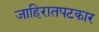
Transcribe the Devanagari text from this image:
जाहिरातपटकार